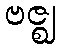
ဗဇ္ဈ